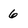
Character: 6